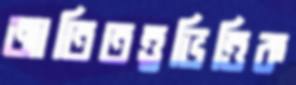
জাতিতত্ত্বভিত্তিক